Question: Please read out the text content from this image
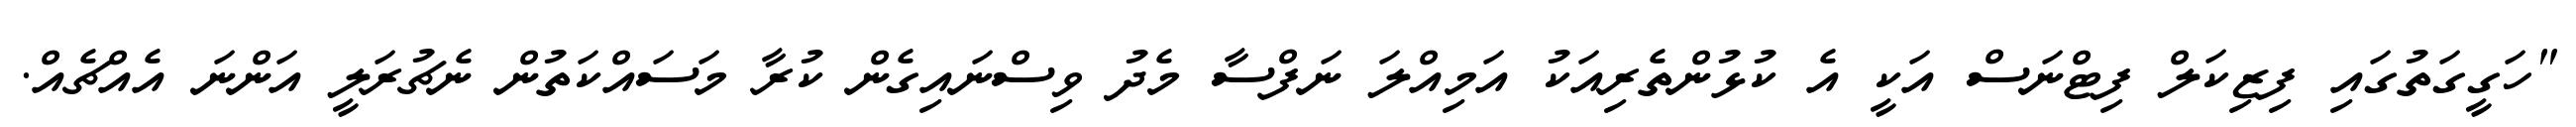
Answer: "ހަގީގަތުގައި ފިޒިކަލް ފިޓްނަސް އަކީ އެ ކުޅުންތެރިއަކު އަމިއްލަ ނަފްސާ މެދު ވިސްނައިގެން ކުރާ މަސައްކަތުން ނެޗުރަލީ އަންނަ އެއްޗެއް.